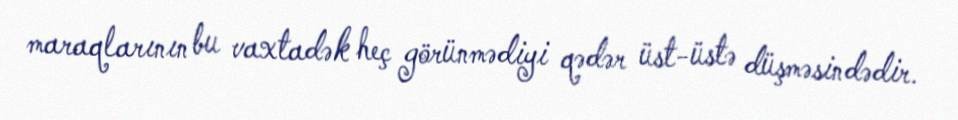
maraqlarının bu vaxtadək heç görünmədiyi qədər üst-üstə düşməsindədir.